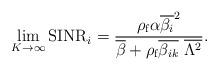
LaTeX: \begin{align*}\lim_{K\rightarrow \infty }\textrm{SINR}_{i} = \frac{\rho _{\textrm{f}}\alpha \overline{\beta _{i}}^{2}}{\overline{\beta } + \rho _{\textrm{f}}\overline{\beta _{ik}}~ \overline{\Lambda ^{2}}}.\end{align*}